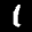
Label: 1